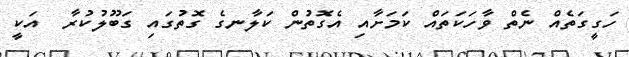
ހަގީގަތެއް ނެތް ވާހަކަތައް ކަމަށާއި އެގޮތުން ކަލާނގެ ގޮތުގައި ގަބޫލުކުރާ  އަކީ